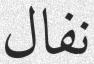
نفال